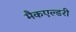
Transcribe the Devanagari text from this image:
मैकएल्डरी